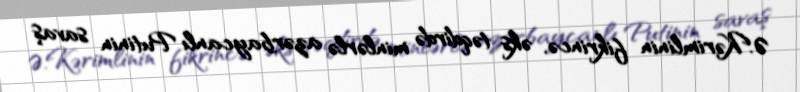
Ə.Kərimlinin fikrincə, əks təqdirdə minlərlə azərbaycanlı Putinin savaş